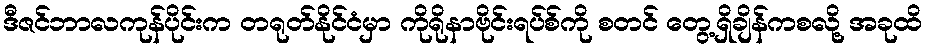
ဒီဇင်ဘာလကုန်ပိုင်းက တရုတ်နိုင်ငံမှာ ကိုရိုနာဗိုင်းရပ်စ်ကို စတင် တွေ့ရှိချိန်ကစလို့ အခုထိ